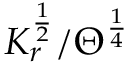
K _ { r } ^ { \frac { 1 } { 2 } } / \Theta ^ { \frac { 1 } { 4 } }